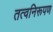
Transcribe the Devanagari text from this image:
तत्वनिरूपण